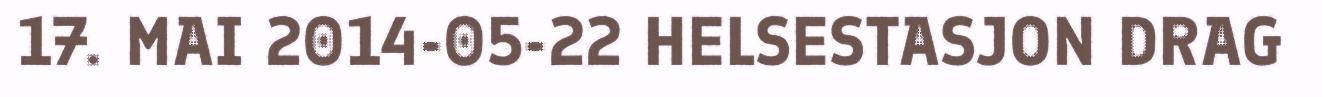
17. MAI 2014-05-22 HELSESTASJON DRAG